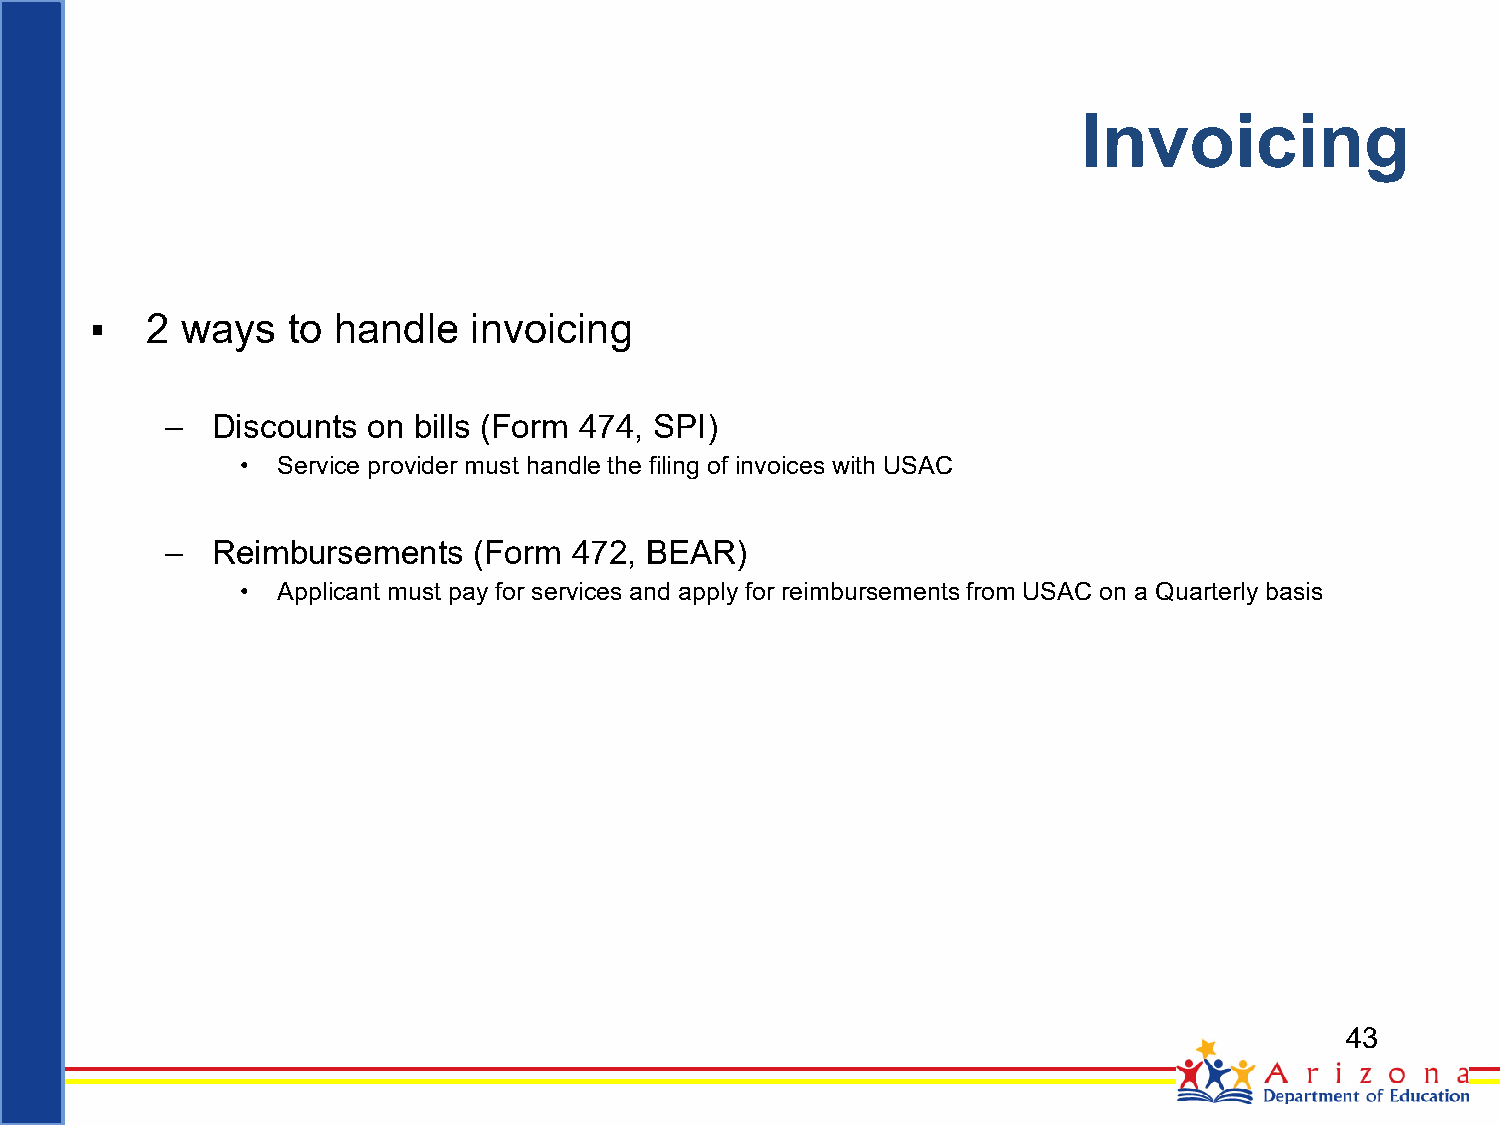
Invoicing
 ▪   2 ways   to handle   invoicing
 –  Discounts on bills (Form 474, SPI)
 • Service provider must handle the filing of invoices with USAC
 –  Reimbursements   (Form  472, BEAR)
 • Applicant must pay for services and apply for reimbursements from USAC on a Quarterly basis
 43